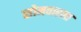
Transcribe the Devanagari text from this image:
सोमवारला